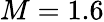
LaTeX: M=1.6